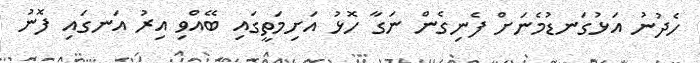
ހެދުނު އަޅުގަނޑުމެނަށް ފެނިގެން ނަގާ ހޮޅު އަށިމަތީގައި ބޭއްވި އިރު އަނގައި ފޮނު